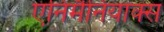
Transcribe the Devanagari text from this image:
एनिमैनियाक्स